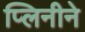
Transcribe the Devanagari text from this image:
प्लिनीने